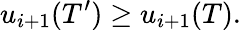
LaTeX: u_{i+1}(T^{\prime})\geq u_{i+1}(T).